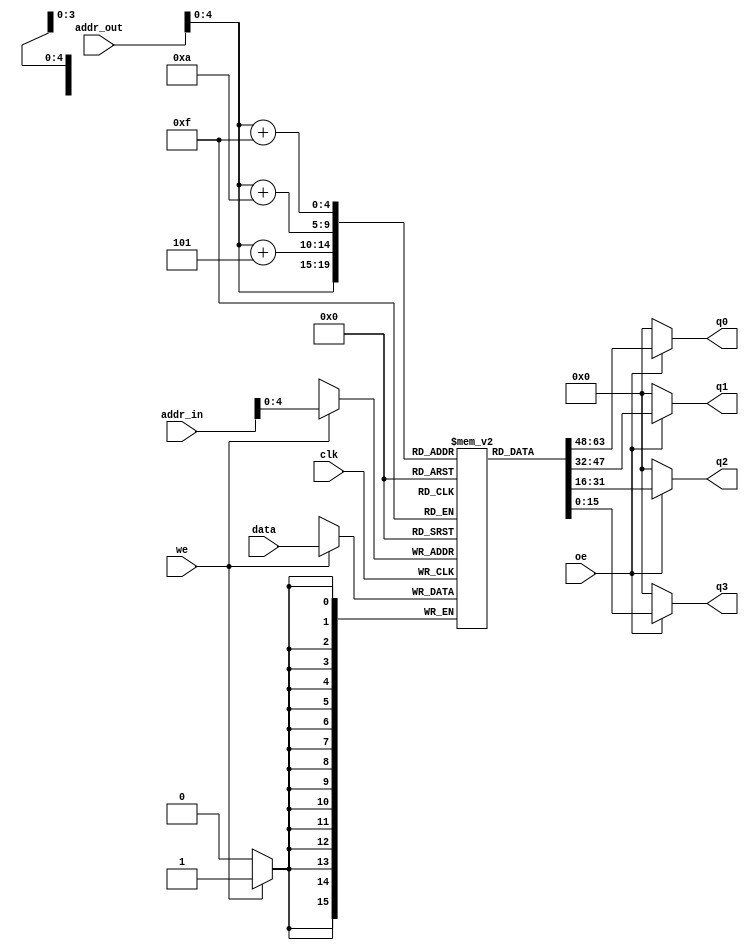
module ramWeight(
input 				clk,
input[15:0]			data,
input[6:0]			addr_in,
input[6:0]			addr_out,
input				we,oe,
output wire[15:0] 	q0,q1,q2,q3
);

reg[15:0]	ram[19:0]; //20 block for 4X4 array. The last block every row is 0;


always@(posedge clk)
begin
	if(we) begin
		ram[addr_in] <= data;
	end
end

assign	q0 = oe? ram[addr_out]:{16{1'b0}};
assign	q1 = oe? ram[addr_out+5]:{16{1'b0}};
assign	q2 = oe? ram[addr_out+10]:{16{1'b0}};
assign	q3 = oe? ram[addr_out+15]:{16{1'b0}};
endmodule